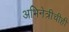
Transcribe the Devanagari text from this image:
अभिनेत्रीचीही